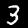
Digit: 3